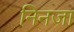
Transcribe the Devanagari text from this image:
निनजा